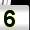
Digit: 5